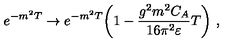
e ^ { - m ^ { 2 } T } \rightarrow e ^ { - m ^ { 2 } T } \biggl ( 1 - \frac { g ^ { 2 } m ^ { 2 } C _ { A } } { 1 6 \pi ^ { 2 } \varepsilon } T \biggr ) \ ,